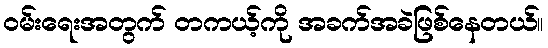
ဝမ်းရေးအတွက် တကယ့်ကို အခက်အခဲဖြစ်နေတယ်။